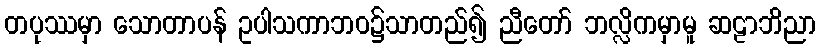
တပုဿမှာ သောတာပန် ဥပါသကာဘဝ၌သာတည်၍ ညီတော် ဘလ္လိကမှာမူ ဆဠာဘိညာ